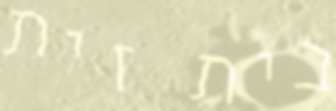
בית זית